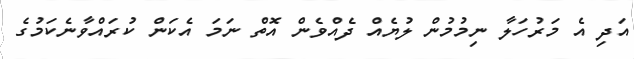
އަދި އެ މަރުހަލާ ނިމުމުން ލުޔެއް ދެއްވެން އޮތް ނަމަ އެކަން ކުރައްވާނެކަމުގެ